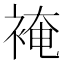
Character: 裺